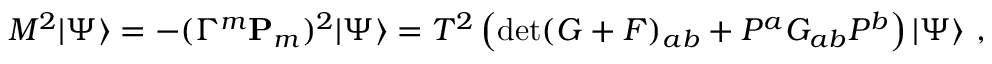
M ^ { 2 } | \Psi \rangle = - ( \Gamma ^ { m } { \bf P } _ { m } ) ^ { 2 } | \Psi \rangle = T ^ { 2 } \left( \operatorname * { d e t } ( G + { \cal F } ) _ { a b } + P ^ { a } G _ { a b } P ^ { b } \right) | \Psi \rangle \ ,